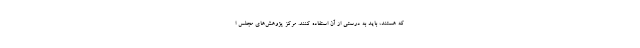
که هستند، باید به درستی از آن استفاده کنند. مرکز پژوهش‌های مجلس ا